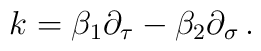
k = \beta_1 \partial_\tau - \beta_2 \partial_\sigma\, .